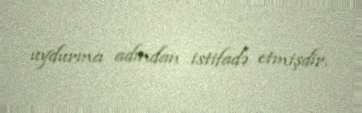
uydurma adından istifadə etmişdir.